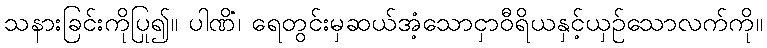
သနားခြင်းကိုပြု၍။ ပါဏိံ၊ ရေတွင်းမှဆယ်အံ့သောငှာဝီရိယနှင့်ယှဉ်သောလက်ကို။